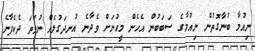
ނިއުމާ ބުނާގޮތުން ނިއުމާގެ ސަބަބުން އެހެން މީހުނަށް ވެދާނެ އުނދަގުލެއް ނުވަތަ ދެކެފާނެ